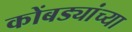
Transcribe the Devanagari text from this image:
कोंबड्यांच्या